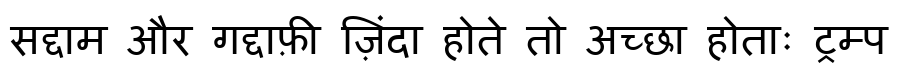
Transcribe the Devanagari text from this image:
सद्दाम और गद्दाफ़ी ज़िंदा होते तो अच्छा होताः ट्रम्प